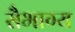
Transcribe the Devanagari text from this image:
सैभाग्य